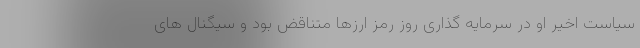
سیاست اخیر او در سرمایه گذاری روز رمز ارزها متناقض بود و سیگنال های